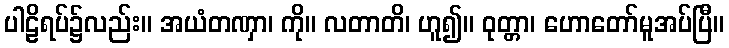
ပါဠိရပ်၌လည်း။ အယံတဏှာ၊ ကို။ လတာတိ၊ ဟူ၍။ ဝုတ္တာ၊ ဟောတော်မူအပ်ပြီ။